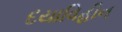
દયાવિહીન